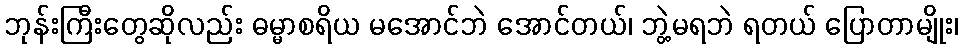
ဘုန်းကြီးတွေဆိုလည်း ဓမ္မာစရိယ မအောင်ဘဲ အောင်တယ်၊ ဘွဲ့မရဘဲ ရတယ် ပြောတာမျိုး၊